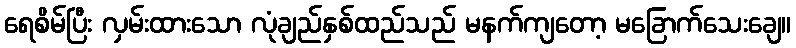
ရေစိမ်ပြီး လှမ်းထားသော လုံချည်နှစ်ထည်သည် မနက်ကျတော့ မခြောက်သေးချေ။